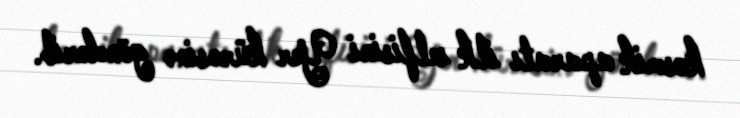
kosmik aparatı ilk selfisini Yer kürəsinə göndərib.